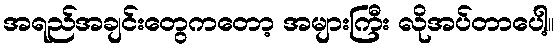
အရည်အချင်းတွေကတော့ အများကြီး လိုအပ်တာပေါ့။